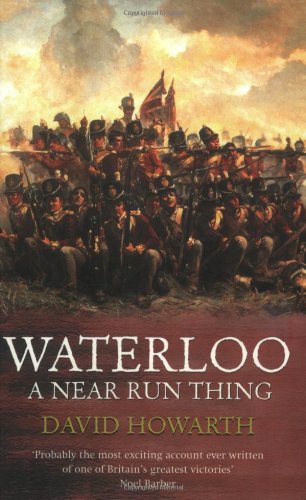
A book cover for Waterloo: A Near Run Thing (Great Battles); David Howarth; History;